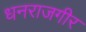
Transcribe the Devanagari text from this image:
धनराजगीर